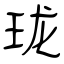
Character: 珑